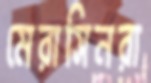
মেরাসিনরা